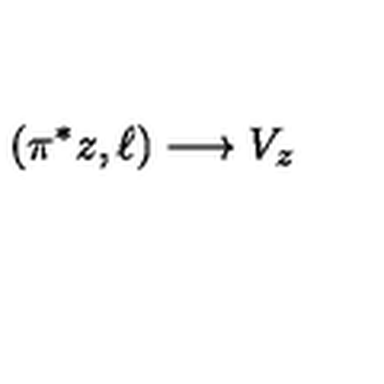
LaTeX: ( \pi ^ { * } z , \ell ) \longrightarrow V _ { z }